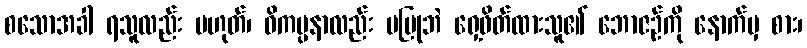
စသောအခါ ရသူလည်း မဟုတ်၊ ဝိကပ္ပနာလည်း မပြုဘဲ ရှေ့ဖိတ်ထားသူ၏ ဘောဇဉ်ကို နောက်မှ စား၊